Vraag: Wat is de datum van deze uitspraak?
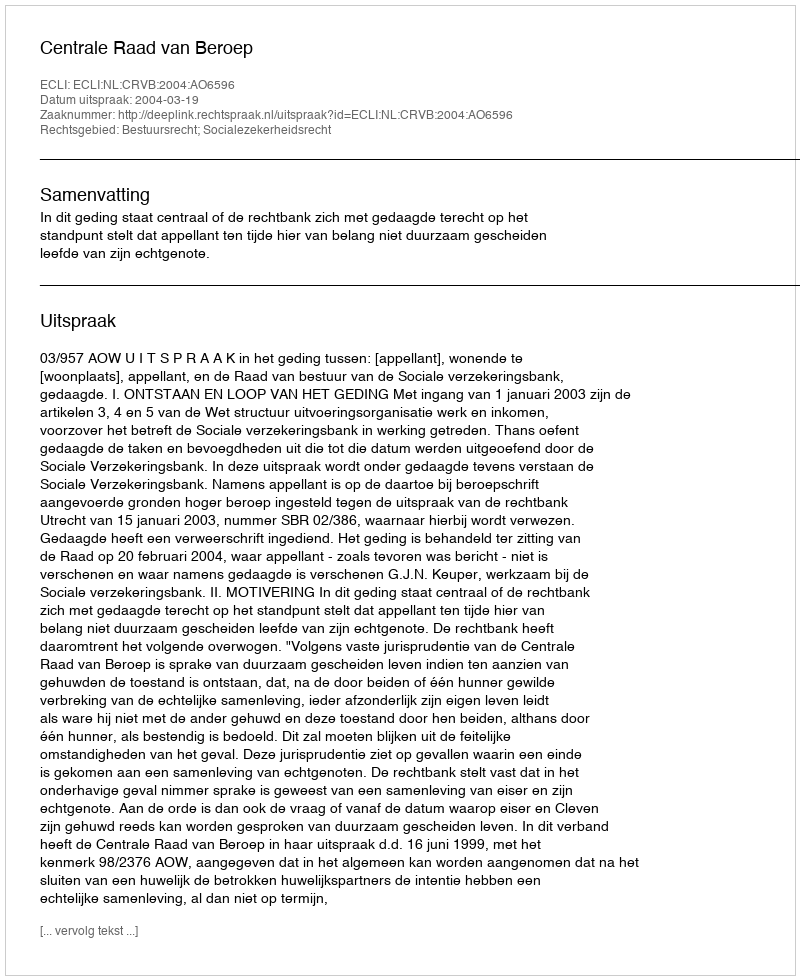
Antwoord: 2004-03-19